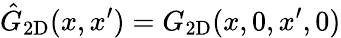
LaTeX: \hat{G}_{\mathrm{2D}}(x,x^{\prime})={G}_{\mathrm{2D}}(x,0,x^{\prime},0)